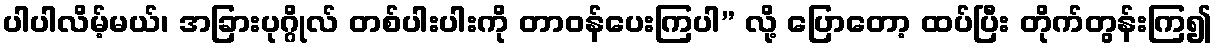
ပါပါလိမ့်မယ်၊ အခြားပုဂ္ဂိုလ် တစ်ပါးပါးကို တာဝန်ပေးကြပါ” လို့ ပြောတော့ ထပ်ပြီး တိုက်တွန်းကြ၍